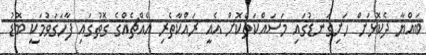
ބައްޔާ ދެކޮޅަށް ހަށިގަނޑުގައި މަސައްކަތްކޮށް އެއީ ރައްކާތެރި އެއްޗެއްގެ ގޮތުގައި ފާހަގަވުމަކީ ބޮޑު